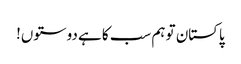
پاکستان تو ہم سب کا ہے دوستوں!